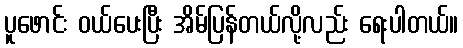
ပူဖောင်း ဝယ်ပေးပြီး အိမ်ပြန်တယ်လို့လည်း ရေးပါတယ်။